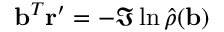
\mathbf { b } ^ { T } \mathbf { r } ^ { \prime } = - \Im \ln \hat { \rho } ( \mathbf { b } )